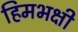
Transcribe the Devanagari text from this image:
हिमभक्षी